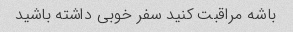
باشه مراقبت کنید سفر خوبی داشته باشید